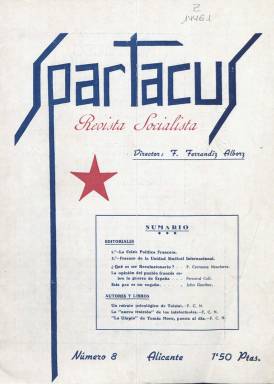
Título: Spartacus (Alicante)
Colección: Socialismo || Guerra civil
Ámbito geográfico: Alicante
Lugar de publicación: Alicante
Fechas: 01/02/1938-01/02/1938

“Revista de afirmaciones” o “revista socialista” –ambos son los subtítulos que indica– es una publicación editada por la Federación Provincial Socialista de Alicante, que representa “uno de los esfuerzos teóricos y políticos más importantes” del sector liderado por Francisco Largo Caballero (1869-1946) por la hegemonía ideológica en el seno del PSOE durante los años cruciales de 1937 y 1938 (Moreno Sáez: 1988 y 1994). Sus dos primeras entregas serían quincenales en agosto de 1937, para –aduciendo escasez de papel para su impresión– desde septiembre hacerlo el primer día de cada mes. La colección de la Biblioteca Nacional de España sólo dispone de su número 8, correspondiente a febrero de 1938. Tras permanecer tres meses sin poder estamparse, por la destrucción de los talleres donde se imprimía en un bombardeo de la aviación italiana, publicará una entrega doble (números 11-12), correspondientes a mayo y junio de ese año; y tras la caída de otra bomba en los talleres del diario Avance (1937-1939), donde había pasado a imprimirse, la siguiente, también doble (números 13-14), correspondientes a julio y a agosto, aparecerá en septiembre. La última, asimismo doble (números 15-16), corresponde a septiembre-octubre de ese mismo año 1938, anunciando otra que con toda probabilidad no llegó a publicarse.

A partir de su séptima entrega (enero de 1938) aparecerá indicado el nombre de su director: el maestro, escritor y periodista Francisco Ferrándiz Alborz (1899-1961), que también dirigía Avance (1937-1939), el diario editado por la citada federación socialista alicantina, y que llegará a dirigir El Socialista durante los últimos diez días de la guerra civil española. Alineada la dirección socialista alicantina al sector largocaballerista, la revista estará “absolutamente controlada” por Rodolfo Llopis, según señala Bodeira (2003). Llopis fue uno de sus más destacados colaboradores, y estando siempre visada por la “censura”, a partir de su tercera entrega dejará de seguir publicando su serie bajo el epígrafe Indiscreciones, que reanudará después. También, la censura eliminará el editorial del número 9 y mutilará textos de Ginés Ganga Tremiño y Pascual Tomás de su entrega 11-12.

Spartacus reafirmará su “significación marxista” en el tratamiento de los “problemas nacionales e internacionales, por la calidad de sus colaboradores y por la crítica del movimiento cultural”. Entre otros redactores y colaboradores (de los que señala que son las más destacadas firmas del movimiento socialista marxista español e internacional), además de los ya citados, estuvieron, el propio Luis Araquistain (principal teórico del largocaballerismo), Manuel Adame, Carlos Hernández Zancajo, Carlos de Baraibar, Enrique de Francisco, José Bullejos, Antonio Escribano, Wenceslao Carrillo, Pietro Nenni , Fernand Coll , George Delouvrier, Eduard Lestaevel, John Gunther, o Francisco Carmona Nenclares (1901-1979), quien además se encargará de las reseñas bibliográficas en la sección Autores y libros. Su administrador fue Luis Lizón Pertusa. Otras firmas bajo sus textos son las del propio Pablo Iglesias, José Mesa, Julián Besteiro, Giusepp Saragat, Otto Bauer, Angelo Tasca, Emilio Valdervelde y Zelde Kafrana, e inserta cuadros con textos de dirigentes históricos del socialismo y el marxismo, tanto españoles como internacionales.

Sus entregas son de 32 páginas, incluidas las que hacen de cubiertas, y cuando son dobles, aumenta considerablemente su número. Estas son compuestas a una y dos columnas. Bajo su título estampa una estrella de cinco puntas, así como otras viñetas al final de algunos artículos. No estuvo más ilustrada que con una caricatura de Hitler y unos fotograbados con retratos de dirigentes históricos socialistas. Como revista de teoría y crítica, señaló que su propósito fue ofrecer una “interpretación marxista del movimiento revolucionario español”, y, además de la defensa de la política largocaballerista, tratará sobre la reivindicación histórica del socialismo español, del movimiento obrero internacional o sobre política nacional e internacional, como el ascenso de los fascismos. Sus elogios a la URSS no ocultarán su fuerte enfrentamiento con el Partido Comunista de España, concluye Moreno Sáez (1994) sobre su orientación. Además de Editorial, tiene las secciones Nuestra táctica, problemas de la revolución, Movimiento socialista internacional, Información y Documentos o Espolón. En cada entrega incluye el sumario.